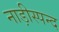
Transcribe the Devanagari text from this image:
नाड़ीस्पन्द